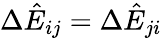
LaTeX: \Delta\hat{E}_{ij}=\Delta\hat{E}_{ji}